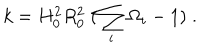
k = H _ { 0 } ^ { 2 } R _ { 0 } ^ { 2 } \; ( \sum _ { i } \Omega _ { i } - 1 ) \; .